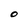
Character: O